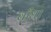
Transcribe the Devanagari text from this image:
बाँध।